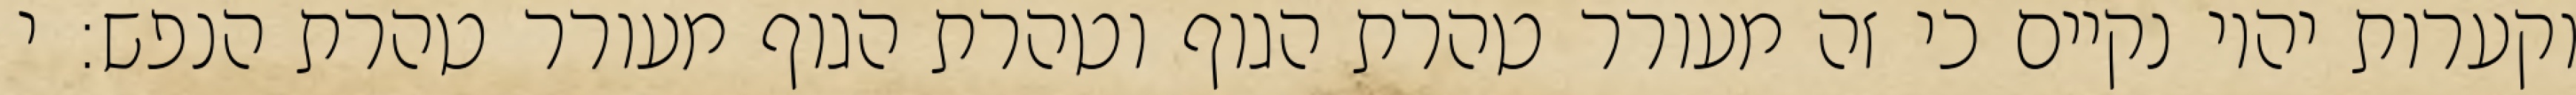
וקערות יהיו נקיים כי זה מעורר טהרת הגוף וטהרת הגוף מעורר טהרת הנפש: י